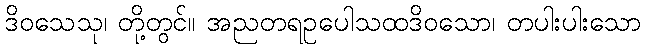
ဒိဝသေသု၊ တို့တွင်။ အညတရဥပေါသထဒိဝသော၊ တပါးပါးသော